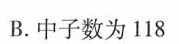
B.中子数为118